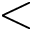
<